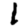
Digit: 1